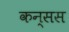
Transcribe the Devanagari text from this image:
कन्सस